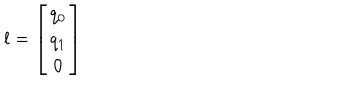
l = \left[ \begin{array} { c } { { q _ { 0 } } } \\ { { q _ { 1 } } } \\ { { 0 } } \\ \end{array} \right]